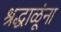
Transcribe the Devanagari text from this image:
श्रद्धाळूंना